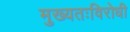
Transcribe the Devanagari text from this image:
मुख्यतःविरोधी